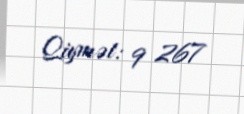
Qiymət: 9 267